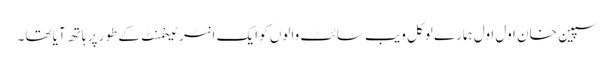
سپین خان اول اول ہمارے لوکل ویب سائٹ والوں کو ایک انٹرٹینمنٹ کے طور پر ہاتھ آیا تھا۔